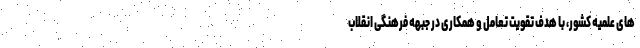
های علمیه کشور، با هدف تقویت تعامل و همکاری در جبهه فرهنگی انقلاب